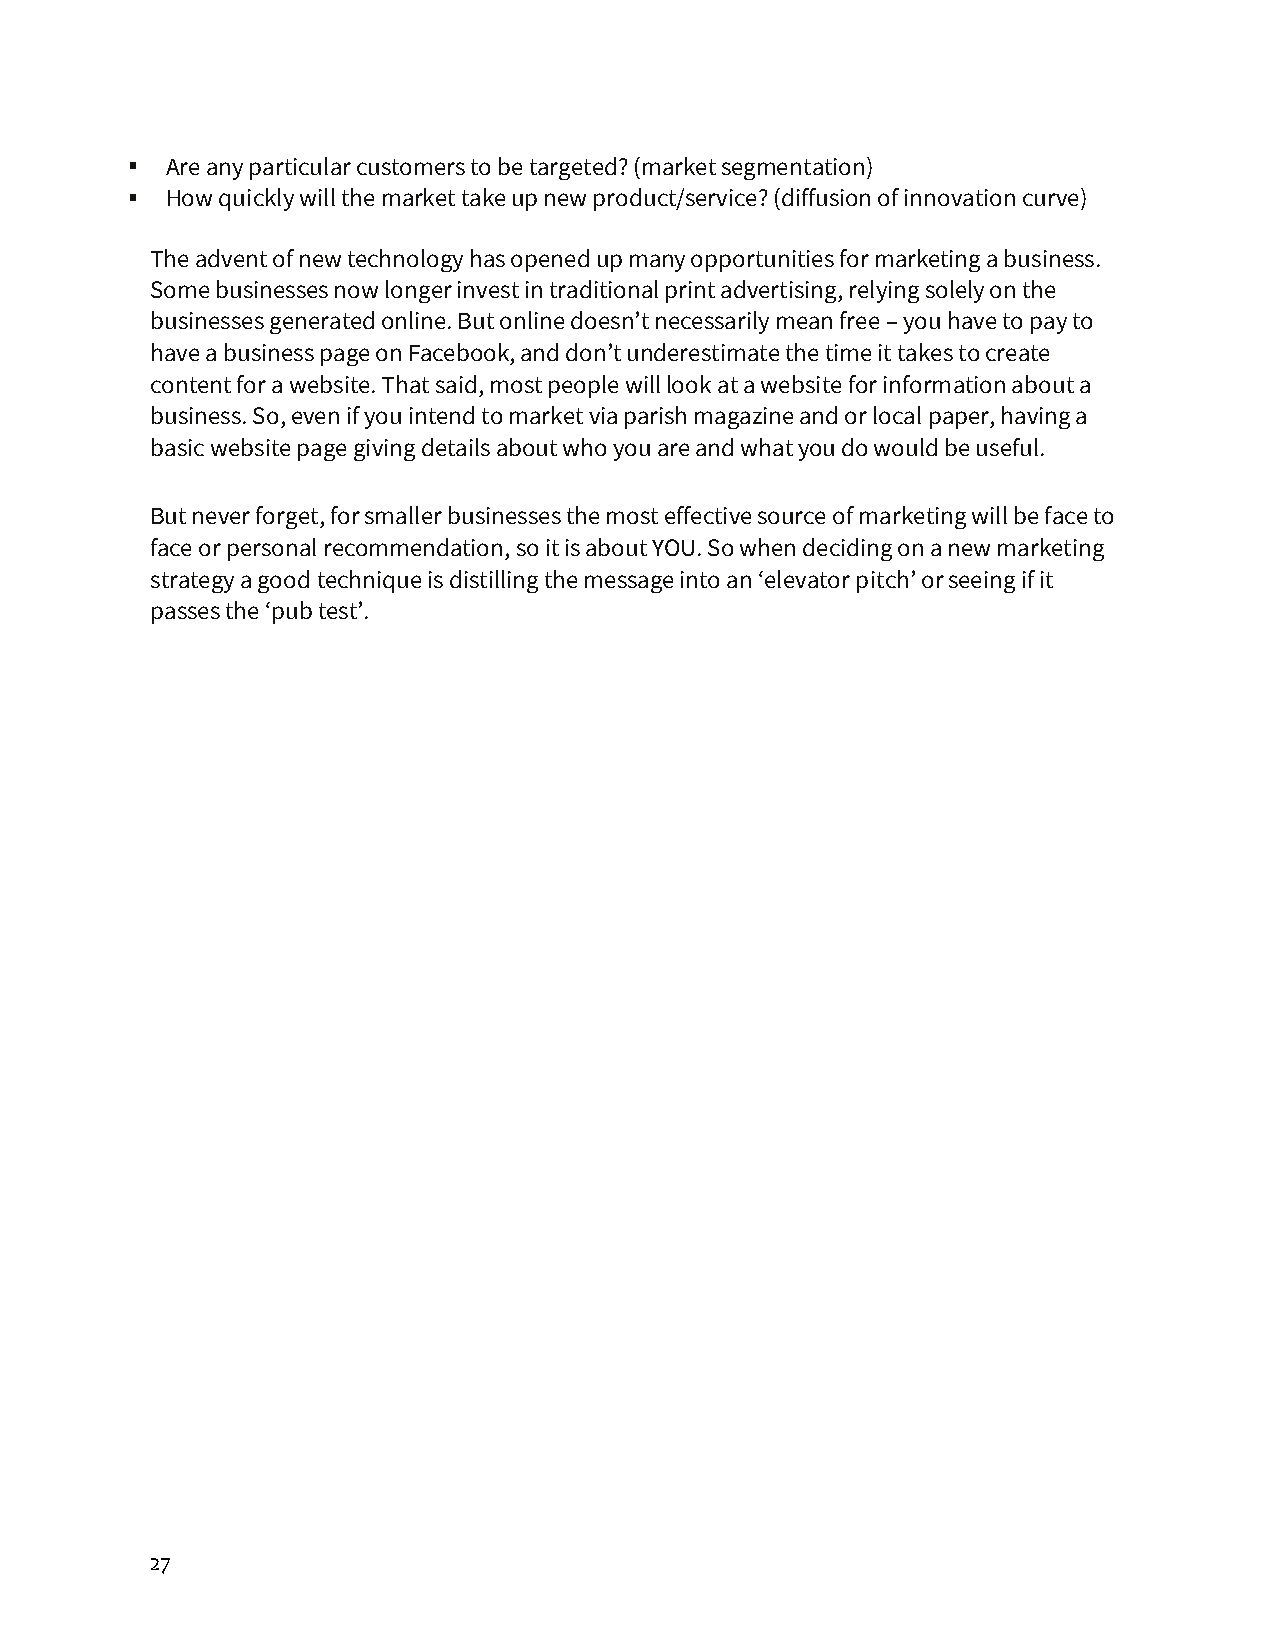
Are any particular customers to be targeted? (market segmentation)
 How quickly will the market take up new product/service? (diffusion of innovation curve)
 The advent of new technology has opened up many opportunities for marketing a business.
 Some businesses now longer invest in traditional print advertising, relying solely on the
 businesses generated online. But online doesn’t necessarily mean free – you have to pay to
 have a business page on Facebook, and don’t underestimate the time it takes to create
 content for a website. That said, most people will look at a website for information about a
 business. So, even if you intend to market via parish magazine and or local paper, having a
 basic website page giving details about who you are and what you do would be useful.
 But never forget, for smaller businesses the most effective source of marketing will be face to
 face or personal recommendation, so it is about YOU. So when deciding on a new marketing
 strategy a good technique is distilling the message into an ‘elevator pitch’ or seeing if it
 passes the ‘pub test’.
 27